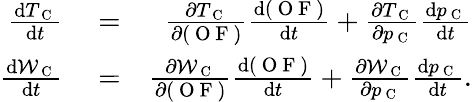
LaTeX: \begin{array}{rlr}{\frac{\mathrm{d}T_{\mathrm{~C~}}}{\mathrm{d}t}}&{{}=}&{\frac{\partial T_{\mathrm{~C~}}}{\partial(\mathrm{~O~F~})}\frac{\mathrm{d}(\mathrm{~O~F~})}{\mathrm{d}t}+\frac{\partial T_{\mathrm{~C~}}}{\partial p_{\mathrm{~C~}}}\frac{\mathrm{d}p_{\mathrm{~C~}}}{\mathrm{d}t}}\\ {\frac{\mathrm{d}\mathcal{W}_{\mathrm{~C~}}}{\mathrm{d}t}}&{{}=}&{\frac{\partial\mathcal{W}_{\mathrm{~C~}}}{\partial(\mathrm{~O~F~})}\frac{\mathrm{d}(\mathrm{~O~F~})}{\mathrm{d}t}+\frac{\partial\mathcal{W}_{\mathrm{~C~}}}{\partial p_{\mathrm{~C~}}}\frac{\mathrm{d}p_{\mathrm{~C~}}}{\mathrm{d}t}.}\end{array}